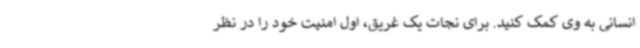
انسانی به وی کمک کنید. برای نجات یک غریق، اول امنیت خود را در نظر